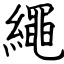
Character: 繩